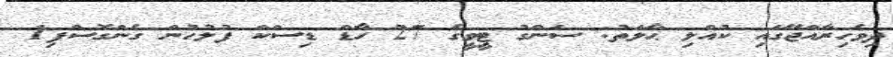
ދިވެހިރާއްޖޭގައި ކުއްލި ޙާލަތު: ސަންގު ޓީވީގެ 27 ހާޑް ޑިސްކް ފުލުހުން ގެންގޮސްފި1